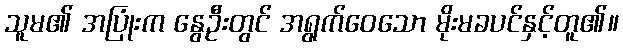
သူမ၏ အပြုံးက နွေဦးတွင် အရွက်ဝေသော မိုးမခပင်နှင့်တူ၏။